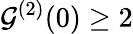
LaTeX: \mathcal{G}^{(2)}(0)\geq2